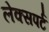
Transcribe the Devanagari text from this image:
लेक्सपर्ट